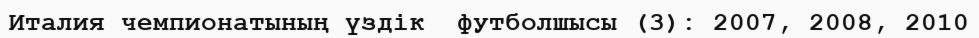
Италия чемпионатының үздік  футболшысы (3): 2007, 2008, 2010